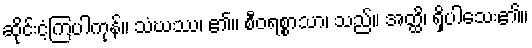
ဆိုင်းငံ့ကြပါကုန်။ သံဃဿ၊ ၏။ စီဝရစ္စာသာ၊ သည်။ အတ္ထိ၊ ရှိပါသေး၏။